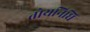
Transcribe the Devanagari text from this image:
तोयनिधि